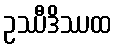
ဥဿီဒိဿထ